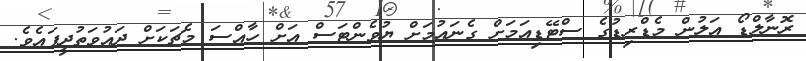
ރޮނާލްޑޯ އަލުން މެޑްރިޑުގެ ސްޓޭޑިއަމަށް ގެނައުމަށް ޔުވެންޓަސް އަށް ހާއްސަ މެޗަކަށް ދައުވަތުދީފައެވެ.